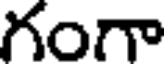
గంగా